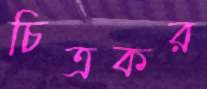
চিত্রকর